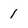
Character: 1